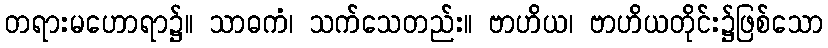
တရားမဟောရာ၌။ သာဓကံ၊ သက်သေတည်း။ ဗာဟိယ၊ ဗာဟိယတိုင်း၌ဖြစ်သော